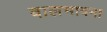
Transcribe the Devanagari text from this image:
बालभावना